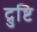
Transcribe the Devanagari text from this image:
द्रुष्टि